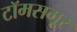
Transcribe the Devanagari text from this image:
टॉमसमूर